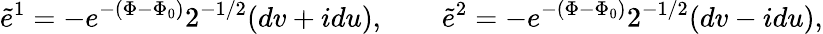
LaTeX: \widetilde e^{1}=-e^{-(\Phi-\Phi_{0})}2^{-1/2}(dv+idu),\qquad\widetilde e^{2}=-e^{-(\Phi-\Phi_{0})}2^{-1/2}(dv-idu),